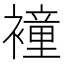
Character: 𧝎